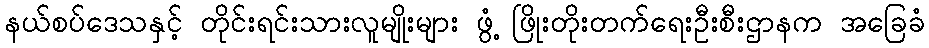
နယ်စပ်ဒေသနှင့် တိုင်းရင်းသားလူမျိုးများ ဖွံ့ ဖြိုးတိုးတက်ရေးဦးစီးဌာနက အခြေခံ